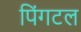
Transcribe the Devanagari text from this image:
पिंगटल